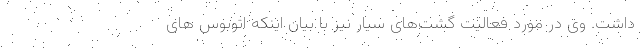
داشت. وی در مورد فعالیت گشت‌های سیار نیز با بیان اینکه اتوبوس های